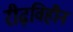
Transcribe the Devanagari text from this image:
रीढ़विहीन